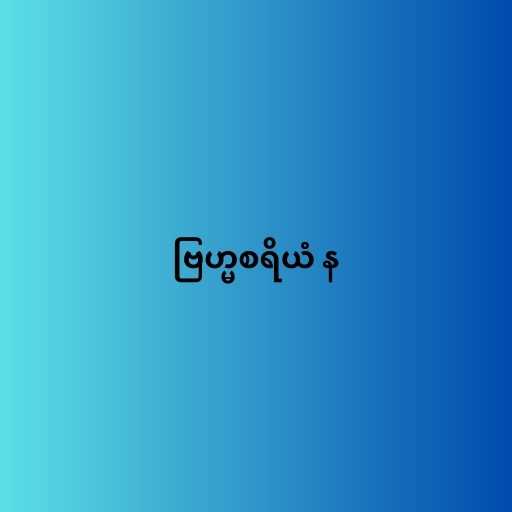
ဗြဟ္မစရိယံ န